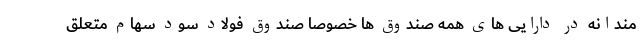
مندانه در دارایی های همه صندوق ها خصوصا صندوق فولاد سود سهام متعلق